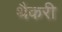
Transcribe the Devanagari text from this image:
थैकरी